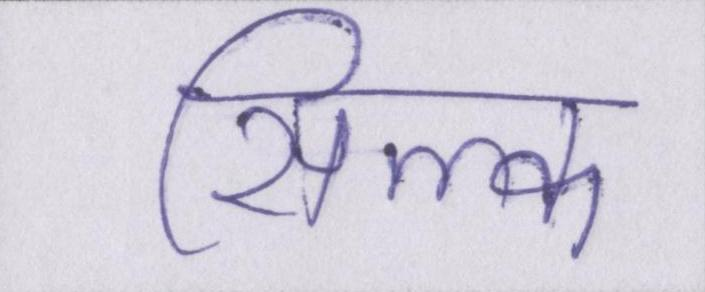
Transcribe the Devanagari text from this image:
सिल्क